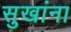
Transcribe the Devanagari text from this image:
सुखांना